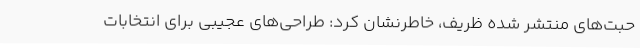
حبت‌های منتشر شده ظریف، خاطرنشان کرد: طراحی‌های عجیبی برای انتخابات